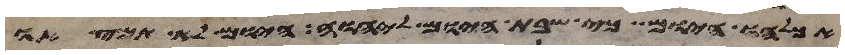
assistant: אכלהו היום כי שבת היום ליהוה היום לא תמצאו